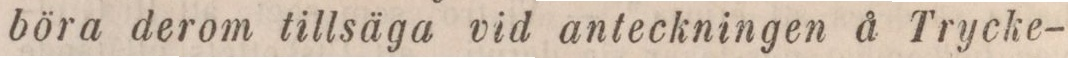
böra derom tillsäga vid anteckningen å Trycke-